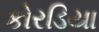
કોરડિયા